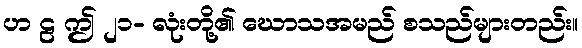
ဟ ဠ ဤ ၂၁- လုံးတို့၏ ဃောသအမည် စသည်များတည်း။